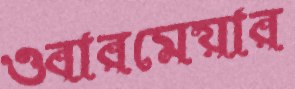
ওবারমেয়ার